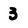
Character: 3